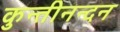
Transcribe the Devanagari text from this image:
कुन्तीनन्दन